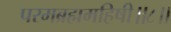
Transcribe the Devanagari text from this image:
परमब्रह्ममहिषी॥८॥